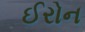
ઈરોન